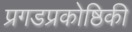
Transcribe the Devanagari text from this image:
प्रगडप्रकोष्ठिकी